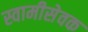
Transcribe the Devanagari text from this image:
स्वामीसेवक